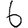
Digit: 6